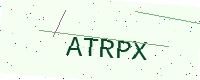
Text: ATRPX